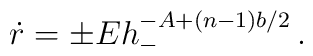
\dot r = \pm E h_-^{-A+(n-1)b/2}\,.